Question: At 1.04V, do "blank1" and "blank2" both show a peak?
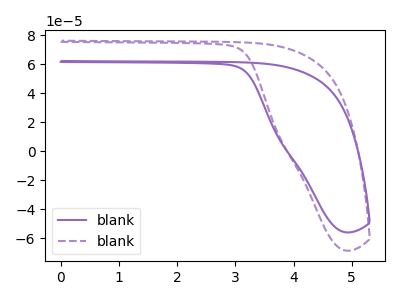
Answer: <think>The purple curve "blank1" has no peaks. The purple dashed curve "blank2" has no peaks.</think>
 <answer>No, "blank1" and "blank2" dont share a peak at 1.04V.</answer>
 <eval>mismatch</eval>